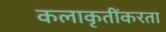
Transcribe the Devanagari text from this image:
कलाकृतींकरता